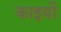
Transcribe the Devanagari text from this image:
काइयों